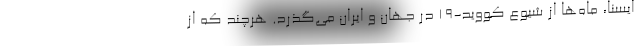
ایسنا، ماه‌ها از شیوع کووید-۱۹ در جهان و ایران می‌گذرد. هرچند که از